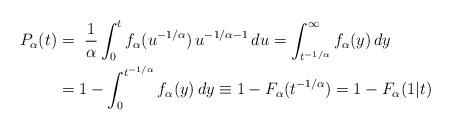
LaTeX: \begin{align*}P_\alpha(t) &= \ \frac{1}{\alpha} \int_0^t f_\alpha(u^{-1/\alpha})\, u^{-1/\alpha-1} \, du = \int_{t^{-1/\alpha}}^\infty f_\alpha(y)\, dy \\&= 1- \int_0^{t^{-1/\alpha}} f_\alpha(y)\, dy \equiv 1- F_\alpha(t^{-1/\alpha}) = 1- F_\alpha(1\vert t)\end{align*}